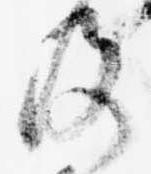
及